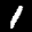
Label: 1